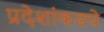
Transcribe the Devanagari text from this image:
प्रदेशांकडचे